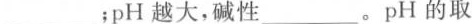
___﹔pH越大，碱性____。pH的取